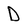
Character: D